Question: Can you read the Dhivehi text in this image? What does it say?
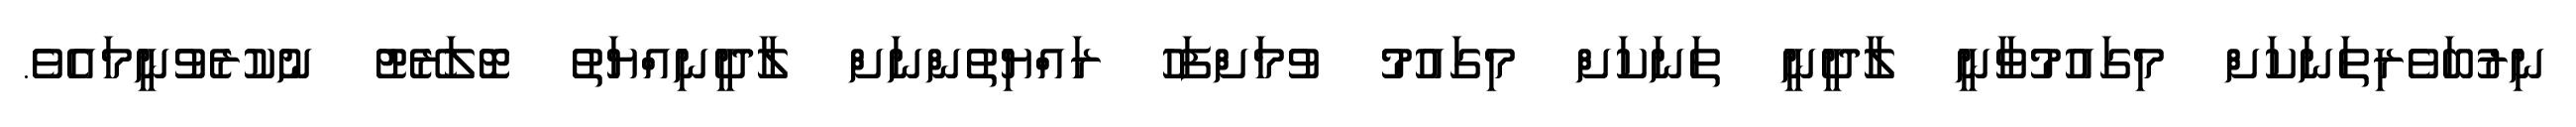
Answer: ނިރުބަވެރިތަނަކަށް މިގައުމުވާނީ ލާދީނީ ތަނަކަށް މިގައުމު ވުމަށްފަހު ރައްޔިތުންނަށް ލާދީނިއްޔަތު ޓޮލަރޭޓު ނުކުރެވުނީމައެވެ.